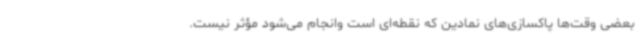
بعضی وقت‌ها پاکسازی‌های نمادین که نقطه‌ای است وانجام می‌شود مؤثر نیست.